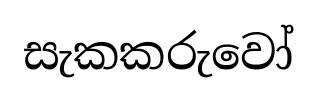
සැකකරුවෝ